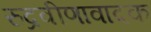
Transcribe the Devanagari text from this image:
रुद्रवीणावादक